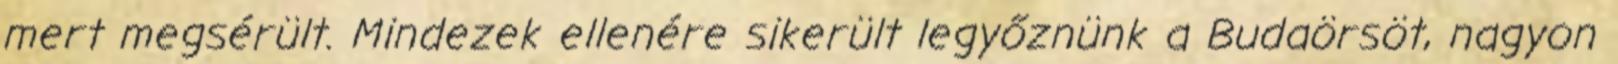
mert megsérült. Mindezek ellenére sikerült legyőznünk a Budaörsöt, nagyon